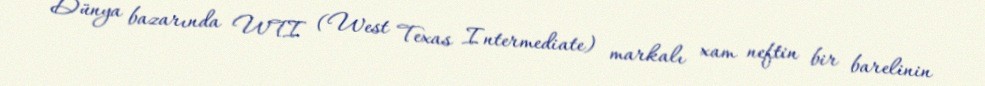
Dünya bazarında WTI (West Texas Intermediate) markalı xam neftin bir barelinin